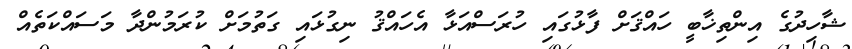
ޝާހިދުގެ އިންތިޚާބީ ހައްޤަށް ފާޅުގައި ހުރަސްއަޅާ އެހައްޤު ނިގުޅައި ގަތުމަށް ކުރަމުންދާ މަސައްކަތެއް